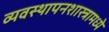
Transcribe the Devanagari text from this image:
व्यवस्थापनशास्त्रामध्ये